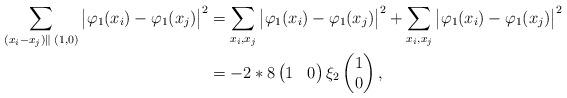
LaTeX: \begin{align*}\sum_{(x_i-x_j) \parallel \; (1,0)}\big|\varphi_1(x_i) - \varphi_1(x_j)\big|^2 &= \sum_{x_i, x_j }\big|\varphi_1(x_i) - \varphi_1(x_j)\big|^2 + \sum_{x_i, x_j }\big|\varphi_1(x_i) - \varphi_1(x_j)\big|^2 \\&= -2*8\begin{pmatrix} 1 & 0 \end{pmatrix} \xi_2 \begin{pmatrix} 1\\ 0 \end{pmatrix}, \end{align*}